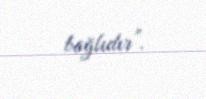
bağlıdır”.